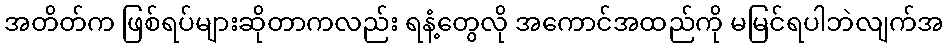
အတိတ်က ဖြစ်ရပ်များဆိုတာကလည်း ရနံ့တွေလို အကောင်အထည်ကို မမြင်ရပါဘဲလျက်အ